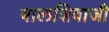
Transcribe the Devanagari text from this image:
बालशिवाजी